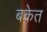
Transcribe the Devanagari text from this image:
बकेत